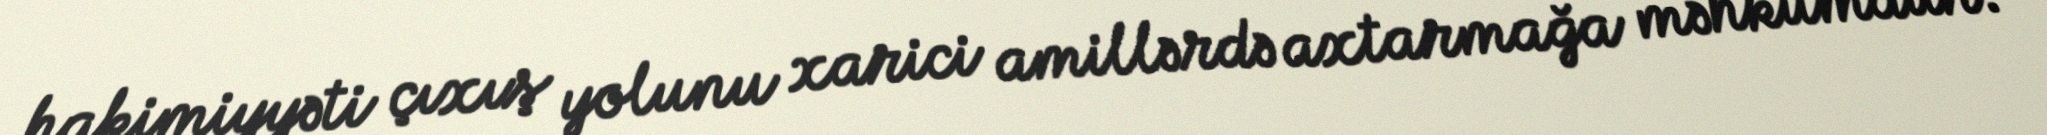
hakimiyyəti çıxış yolunu xarici amillərdə axtarmağa məhkumdur.